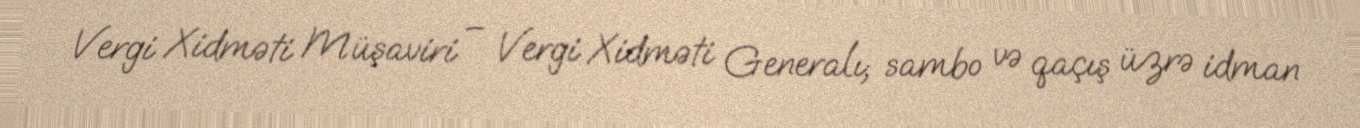
Vergi Xidməti Müşaviri – Vergi Xidməti Generalı; sambo və qaçış üzrə idman